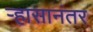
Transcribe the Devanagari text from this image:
र्‍हासानंतर